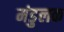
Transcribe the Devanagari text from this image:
मंडुलक